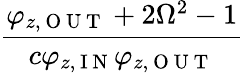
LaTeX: \frac{\varphi_{z,\mathrm{~O~U~T~}}+2\Omega^{2}-1}{c\varphi_{z,\mathrm{~I~N~}}\varphi_{z,\mathrm{~O~U~T~}}}